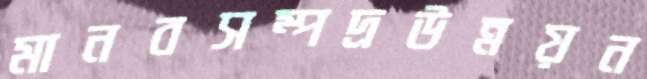
মানবসম্পদ্রউন্নয়ন